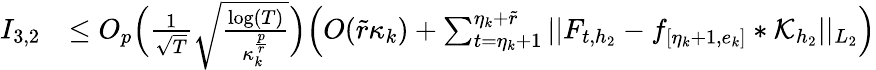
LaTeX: \begin{array}{rl}{I_{3,2}}&{\le O_{p}\Big(\frac{1}{\sqrt{T}}\sqrt{\frac{\log(T)}{\kappa_{k}^{\frac{p}{r}}}}\Big)\Big(O(\widetilde{r}\kappa_{k})+\sum_{t=\eta_{k}+1}^{\eta_{k}+\widetilde{r}}\vert\vert F_{t,{h_{2}}}-f_{[\eta_{k}+1,e_{k}]}\ast\mathcal{K}_{{h_{2}}}\vert\vert_{L_{2}}\Big)}\end{array}